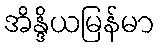
အိန္ဒိယမြန်မာ